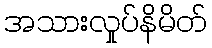
အသားလှုပ်နိမိတ်